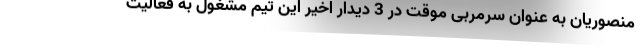
منصوریان به عنوان سرمربی موقت در 3 دیدار اخیر این تیم مشغول به فعالیت